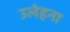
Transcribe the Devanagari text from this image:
उलेहना